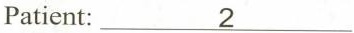
Patient:\underline{2}